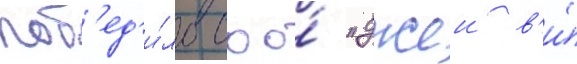
поб'ед'и́ло ооо́ "джеи в'и́